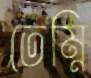
তেম্‌নি